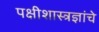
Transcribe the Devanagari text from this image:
पक्षीशास्त्रज्ञांचे